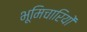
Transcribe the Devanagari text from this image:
भूमिचारियों